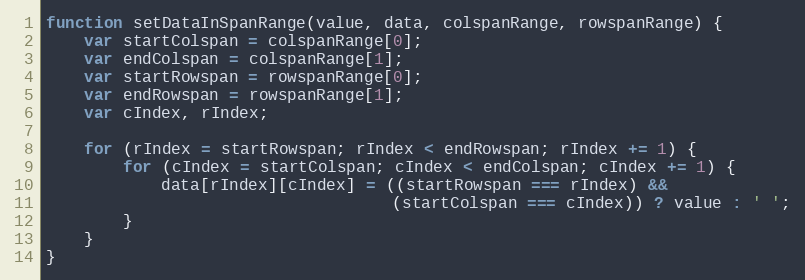
Language: JavaScript
function setDataInSpanRange(value, data, colspanRange, rowspanRange) {
    var startColspan = colspanRange[0];
    var endColspan = colspanRange[1];
    var startRowspan = rowspanRange[0];
    var endRowspan = rowspanRange[1];
    var cIndex, rIndex;

    for (rIndex = startRowspan; rIndex < endRowspan; rIndex += 1) {
        for (cIndex = startColspan; cIndex < endColspan; cIndex += 1) {
            data[rIndex][cIndex] = ((startRowspan === rIndex) &&
                                    (startColspan === cIndex)) ? value : ' ';
        }
    }
}